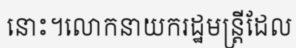
នោះ។លោកនាយករដ្ឋមន្ត្រីដែល